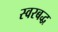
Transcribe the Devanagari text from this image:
स्‍वरबद्ध